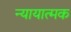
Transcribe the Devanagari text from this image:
न्यायात्मक